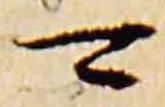
可